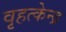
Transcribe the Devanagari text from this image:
वृहत्केन्द्र